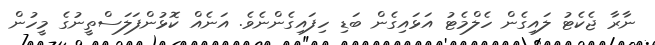
ނާރާ ޖެކެޓު ލައިގެން ހެލްމެޓު އަޅައިގެން ބަޑި ހިފައިގެންނެވެ. އަނެއް ކޮޅުންފަލަސްތީނުގެ މީހުން